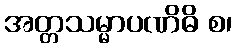
အတ္တသမ္မာပဏိဓိ စ၊